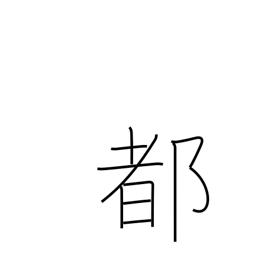
Meaning: metropolis